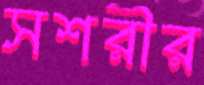
সশরীর